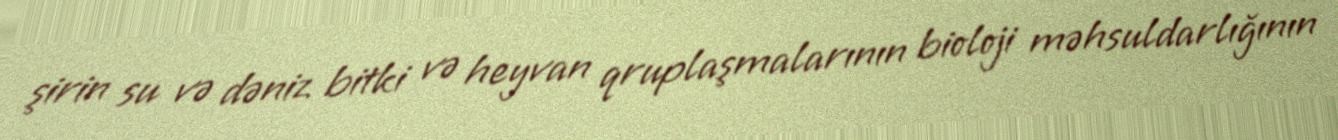
şirin su və dəniz bitki və heyvan qruplaşmalarının bioloji məhsuldarlığının